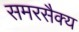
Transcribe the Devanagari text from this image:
समरसैक्य